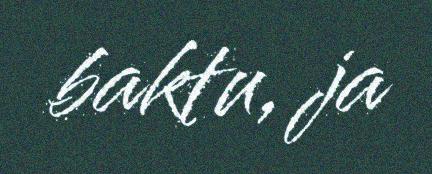
baktu, ja